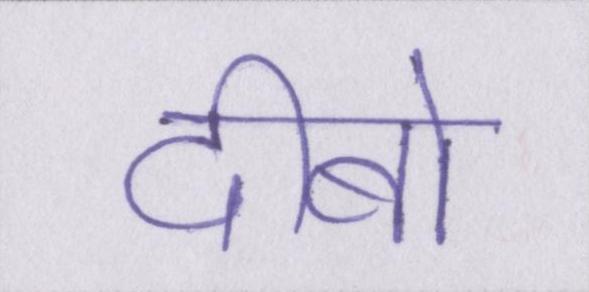
दीबो